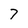
Character: 7